Bréfritari: Guðný Jónsdóttir
Viðtakandi: Jón Borgfirðingur
Dagsetning: A-1894-06-10
Skrifað á: Sauðafelli  Dal.
Dóttir Jóns Borgfirðings

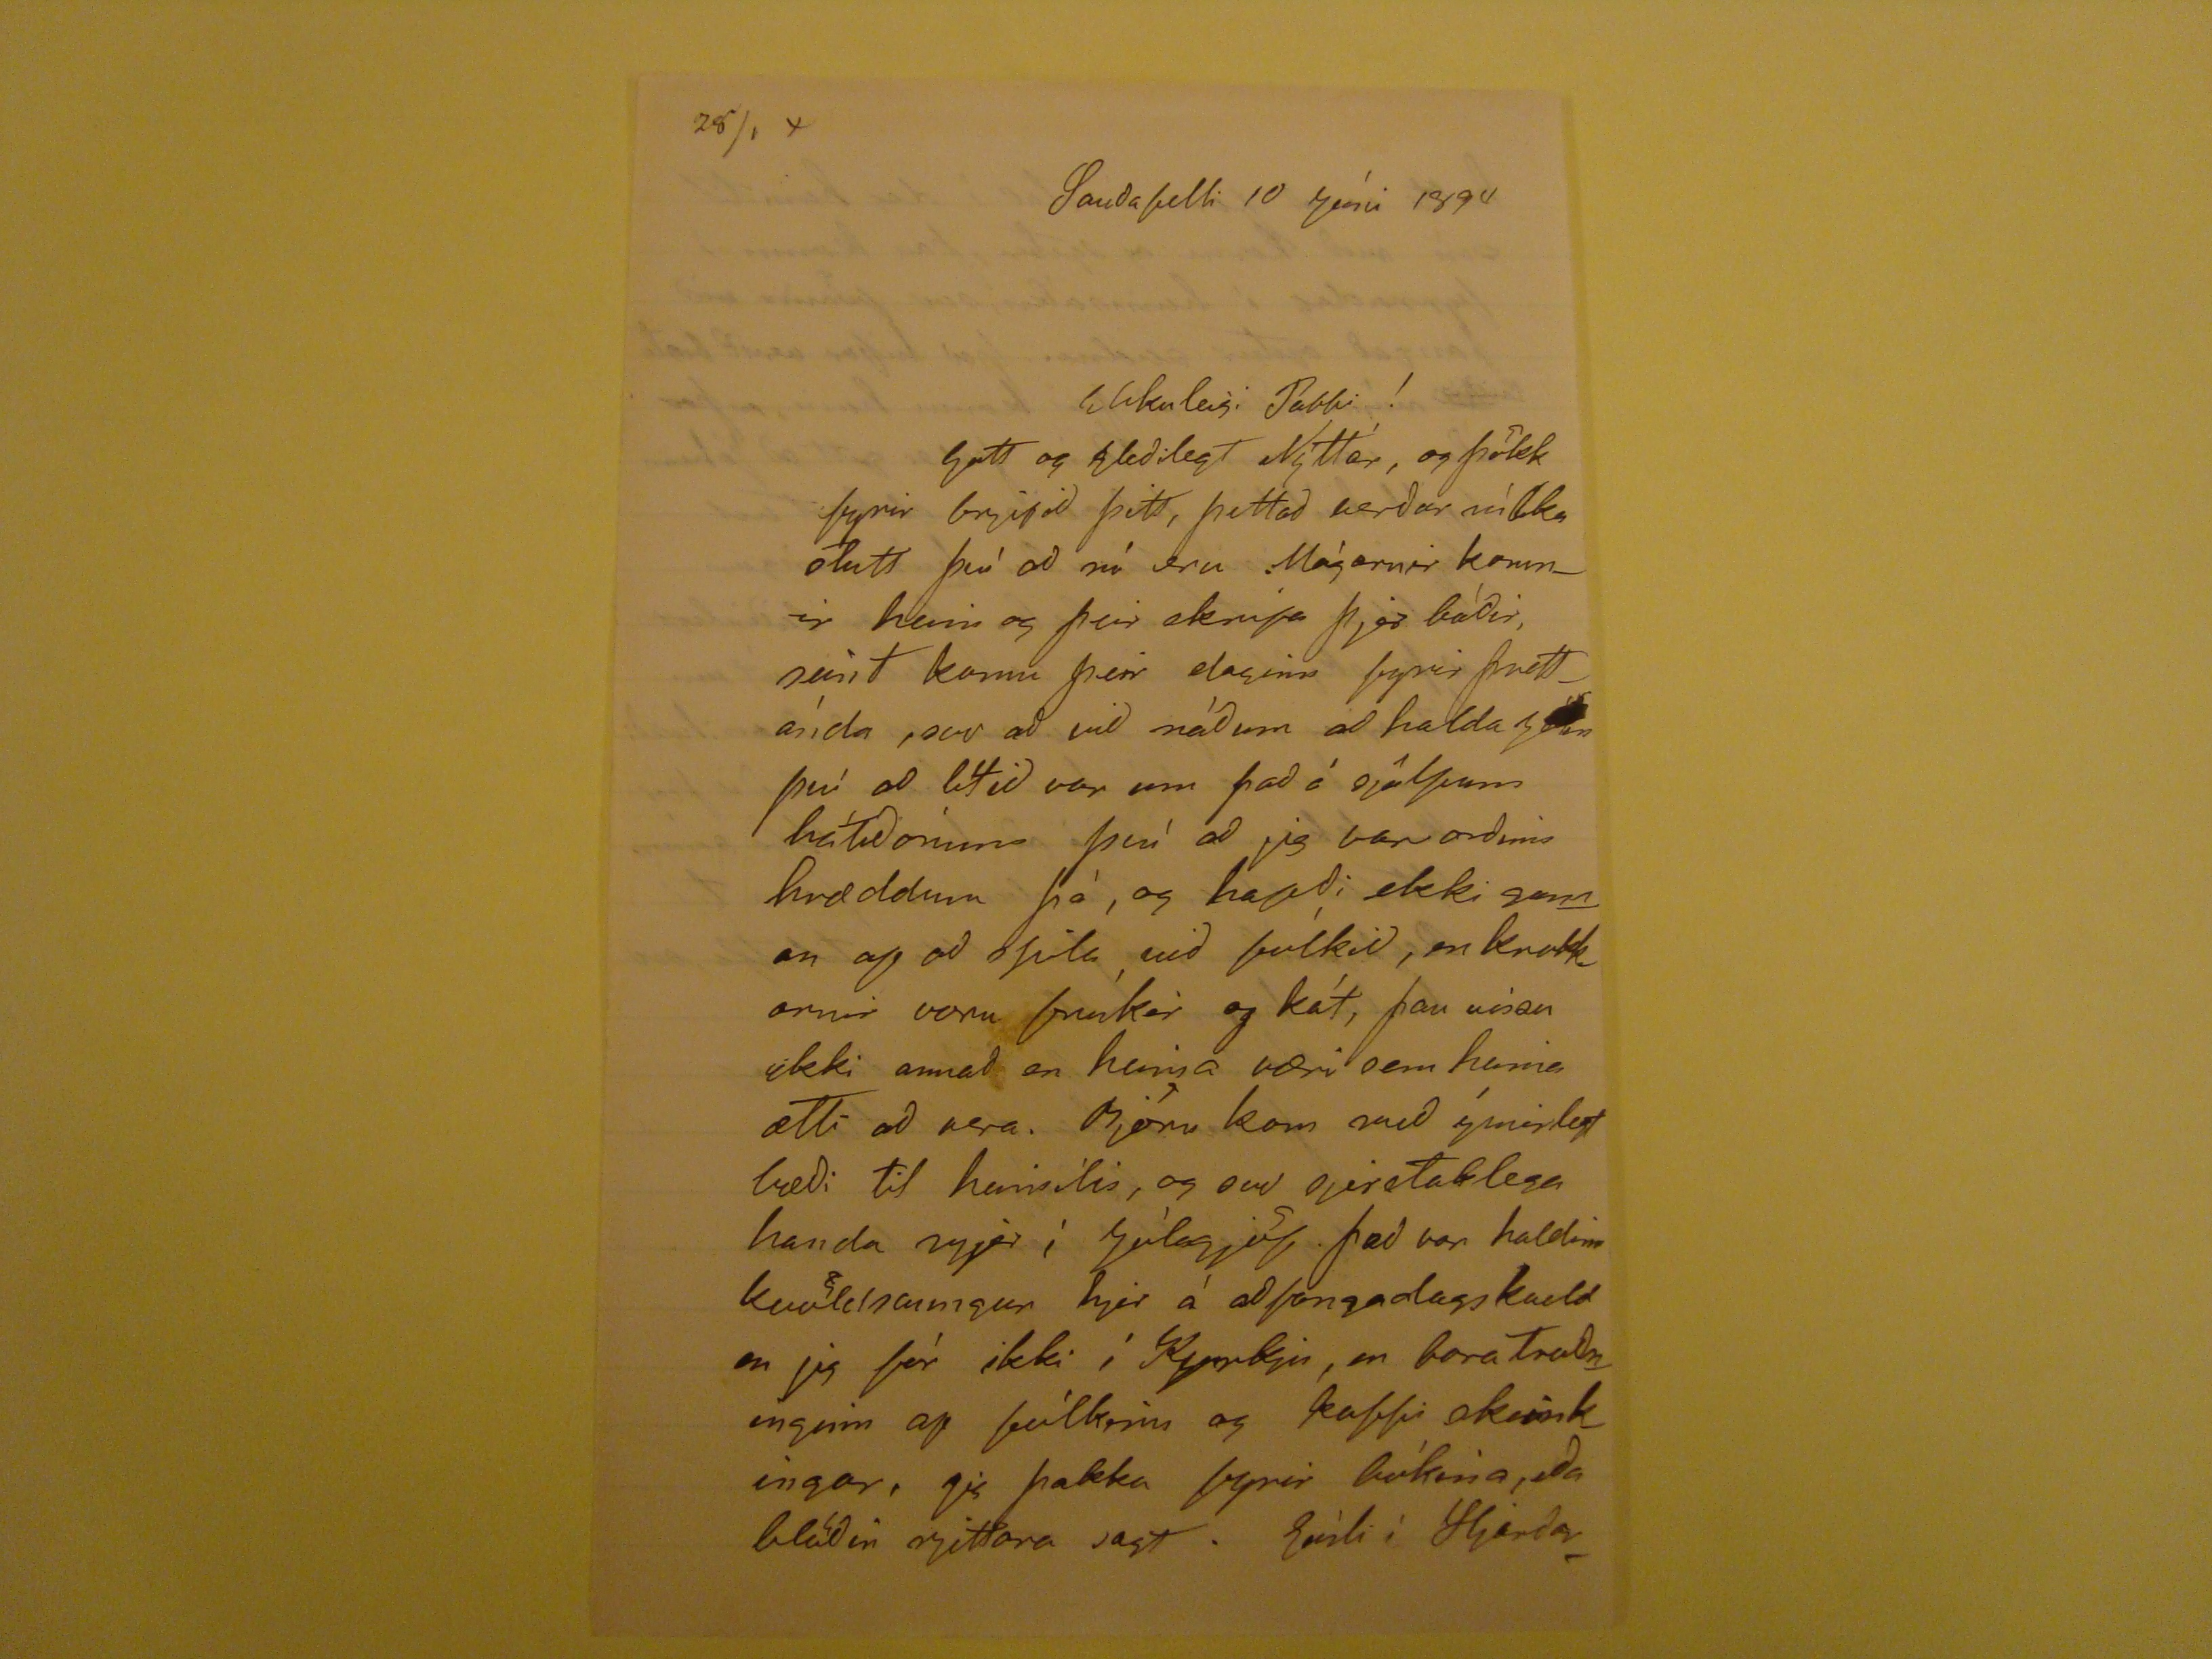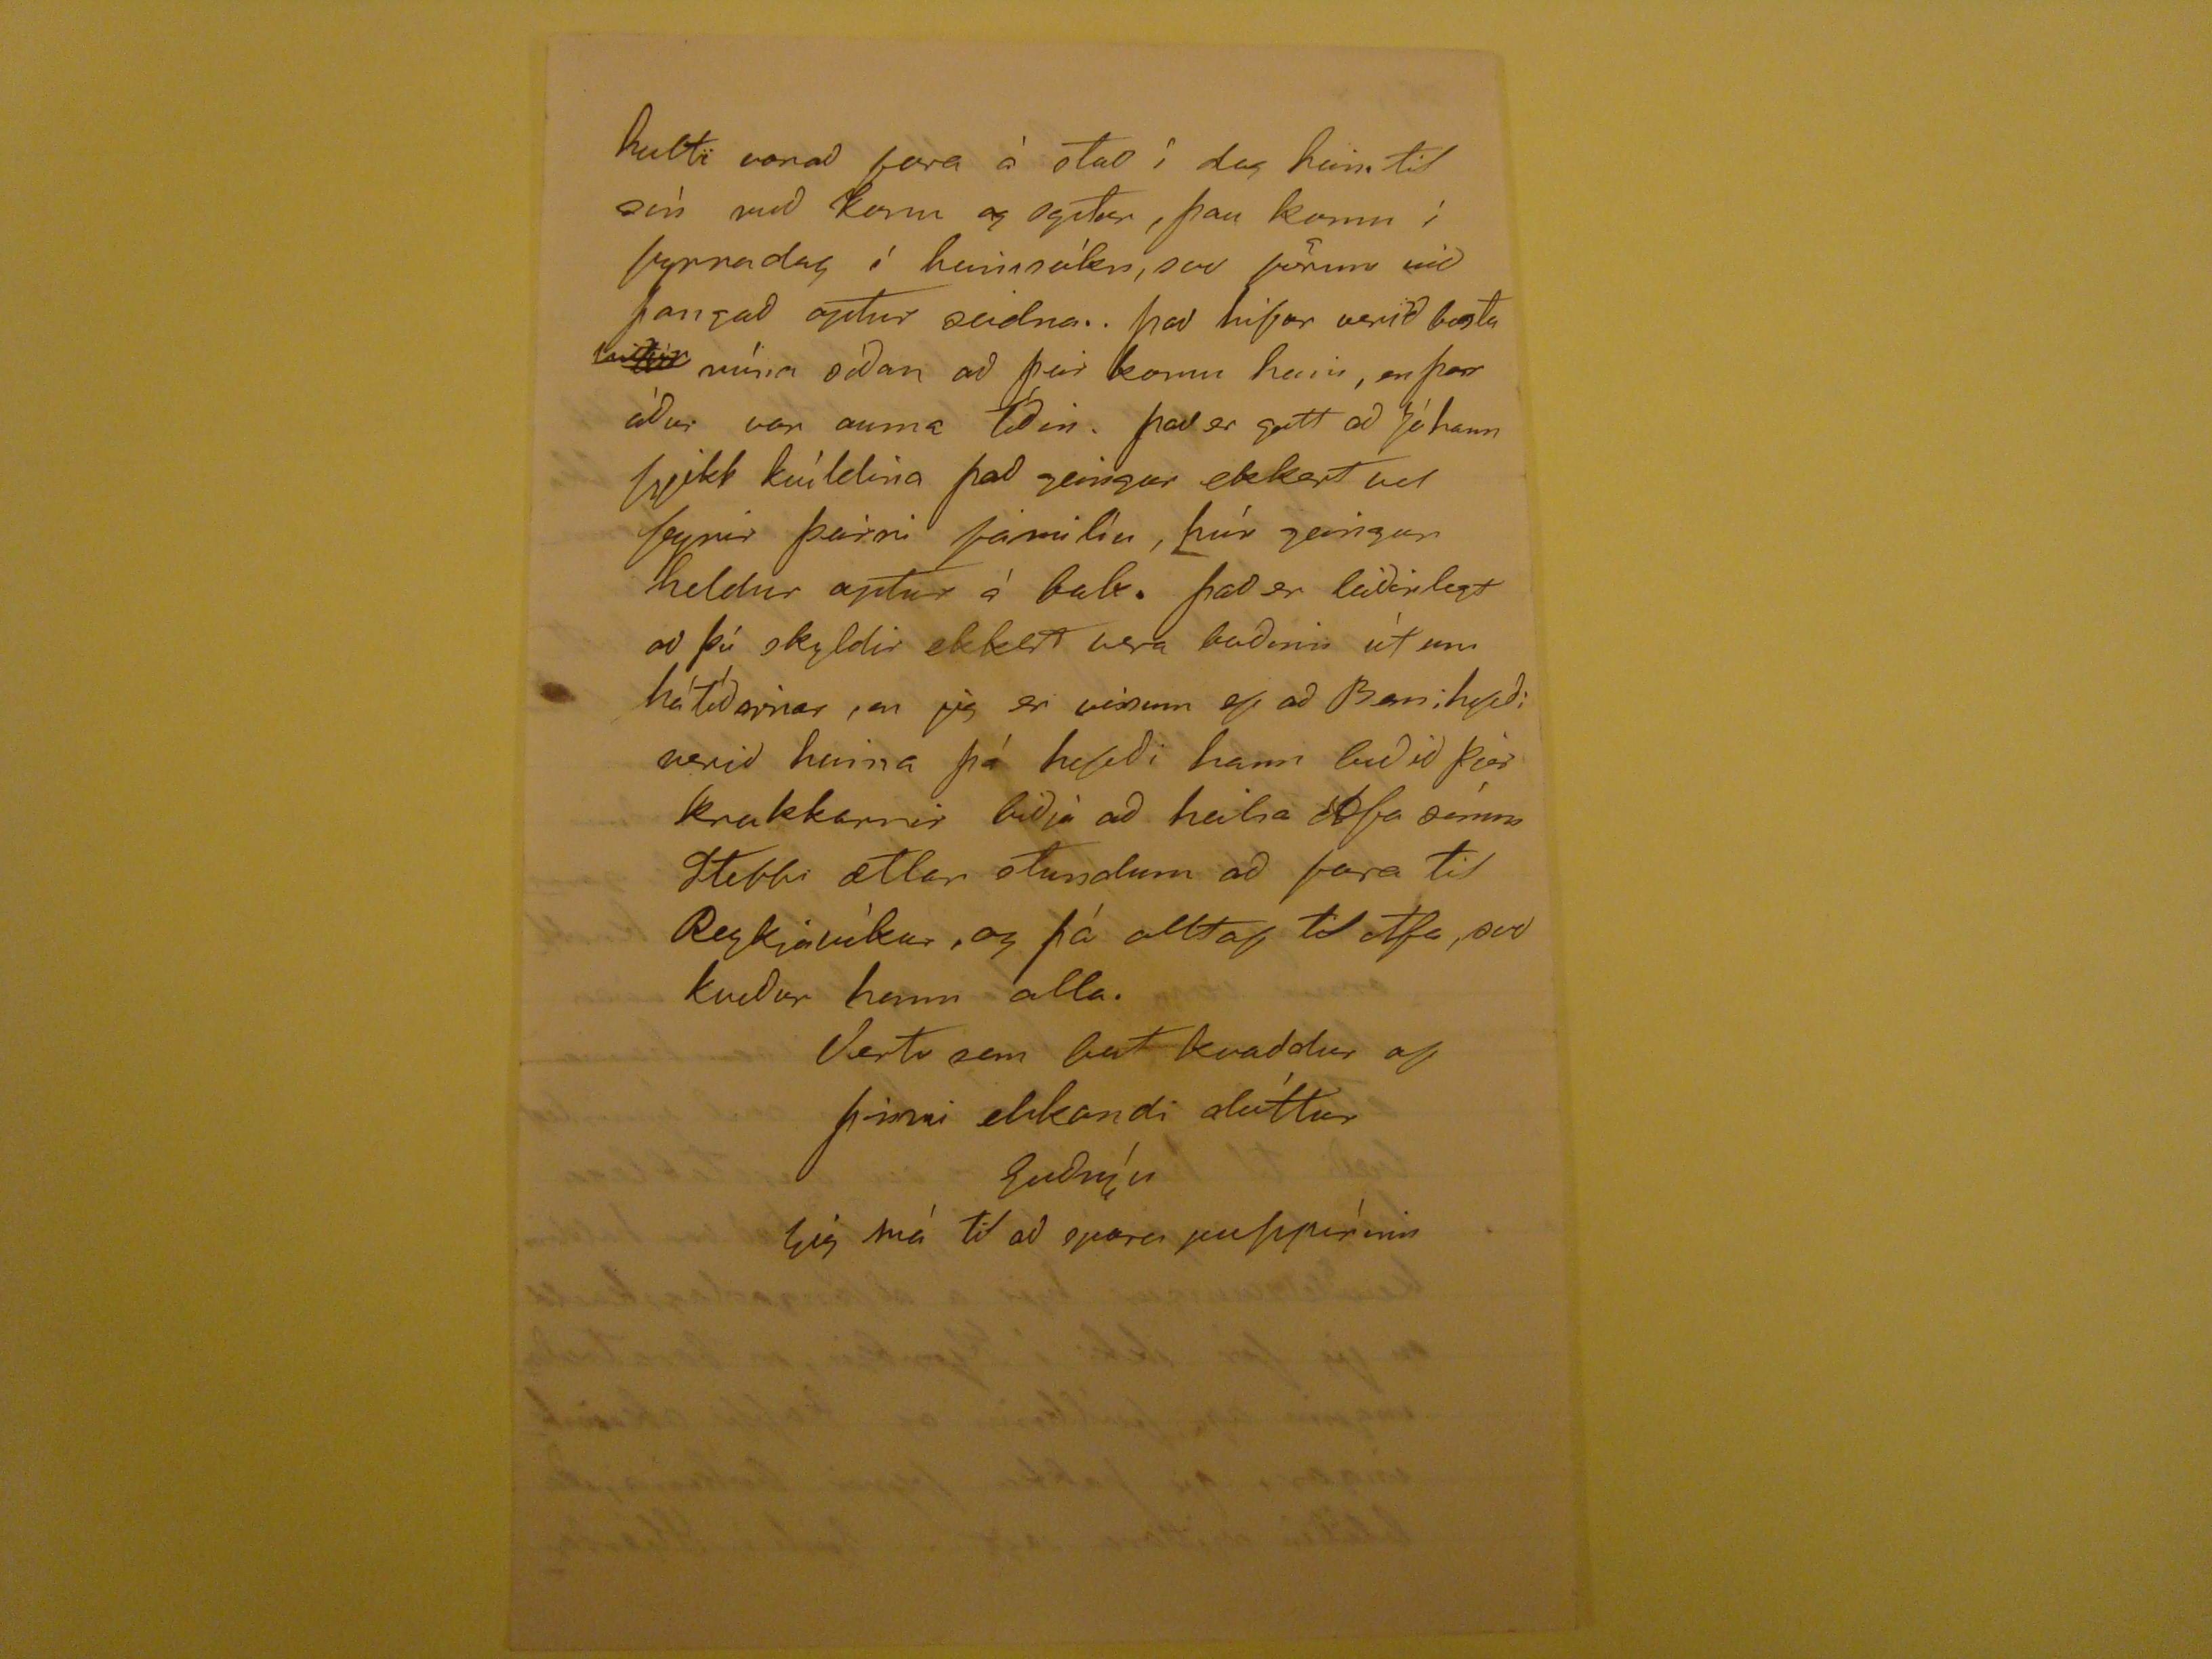

28/1 4
Sauðafelli 10 júni 1894
Elskulegi Pabbi!
Gott og Gleðilegt Nýttár, og þökk fyrir brjefid þitt, þettad verdur mílku ólutt því ad nú eru Mágarnir komnir heim og þeir skrifa þjer báðir, seint komu þeir daginn fyrir þrettánda, svo ad við náðum að halda
sum
því að lítið var um það á sjálfum hátíðonum því að jeg var orðin hræddum þà, og hagði ekki gaman ag ad skifa, vid fólkid, en krakkarnir voru frískir og kát, þau vissu ikki annað en heima væri sem heima ætti ad vera. Björn kom með ýmislegt bæði til heimilis, og svo sjerstaklega handa mjer í Jólagjöf. það var haldinn kvöldsamngur hjer á aðfangadagskveld en jeg fòr ikki í Kyrkju, en bara Traðmingin og fólksins og kaffi akingkingar, og þakka fyrir bókina, eða blaðin rjittara sagt. Gísli í Harðar
holti vonad fara à
stad
í dag heim til sìn med konu og
Ógibar
, þau komu í fyrradag í heimsókn, svo förum við þangað aptur seidna. þad hifar verið besta mínum sídan að þeir komu heim, en þar áður var auma
Ídin
. þad er gott ad sá hann fjekk kvíldina það geingur ekkert vel fyrir þeirri familíu, hún geingur heldur aptur á bak. það er leiðinlegt að þú skyldir ekkert vera baðinn ùt um hátíðairnar, en jeg er einum of að Benihjeði verið heima þá hefði hann beðið þjer krakkarnir biðja að heilsa Afa sínum Stebbi ætlar stundum að fara til Reykjavìkur, og þá alltaf til Afa, svo kveður hann alla.
Vertu sem best kvaddur af þinni elskandi dóttur
Guðnýu
Jig má til að spara pappìrnum